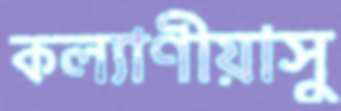
কল্যাণীয়াসু